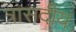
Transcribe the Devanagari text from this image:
त्रासदीय